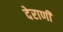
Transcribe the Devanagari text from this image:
देराणी